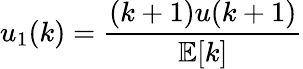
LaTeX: u_{1}(k)={\frac{(k+1)u(k+1)}{\mathbb{E}[k]}}